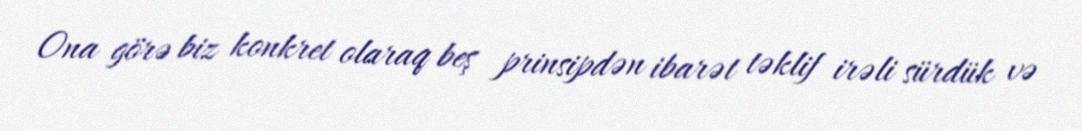
Ona görə biz konkret olaraq beş prinsipdən ibarət təklif irəli sürdük və